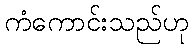
ကံကောင်းသည်ဟု